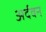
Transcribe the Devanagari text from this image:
अर्दवन